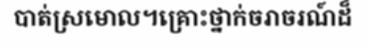
បាត់ស្រមោល។គ្រោះថ្នាក់ចរាចរណ៍ដ៏